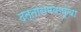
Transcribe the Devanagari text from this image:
दत्तारामबापूंचा